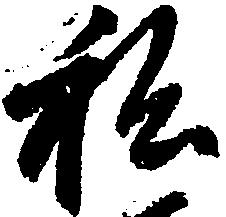
私